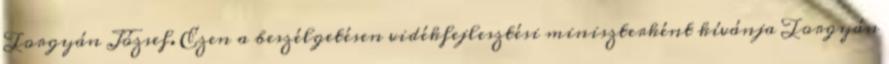
Torgyán József. Ezen a beszélgetésen vidékfejlesztési miniszterként kívánja Torgyán